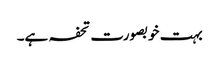
بہت خوبصورت تحفہ ہے۔